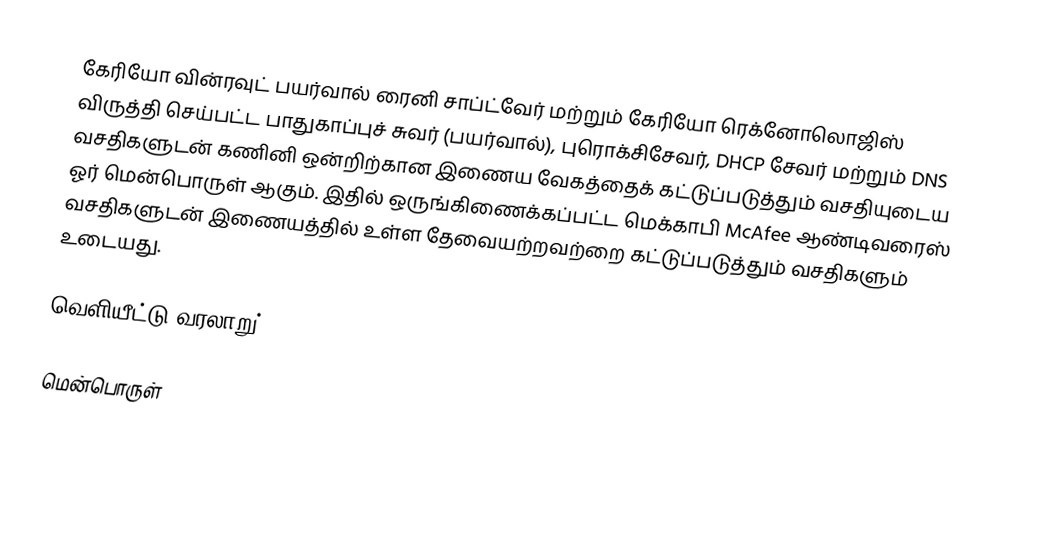
கேரியோ வின்ரவுட் பயர்வால் ரைனி சாப்ட்வேர் மற்றும் கேரியோ ரெக்னோலொஜிஸ் விருத்தி செய்பட்ட பாதுகாப்புச் சுவர் (பயர்வால்), புரொக்சிசேவர், DHCP சேவர் மற்றும் DNS வசதிகளுடன் கணினி ஒன்றிற்கான இணைய வேகத்தைக் கட்டுப்படுத்தும் வசதியுடைய ஓர் மென்பொருள் ஆகும். இதில் ஒருங்கிணைக்கப்பட்ட மெக்காபி McAfee ஆண்டிவரைஸ் வசதிகளுடன் இணையத்தில் உள்ள தேவையற்றவற்றை கட்டுப்படுத்தும் வசதிகளும் உடையது.

வெளியீட்டு வரலாறு்

மென்பொருள்